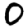
Digit: 0